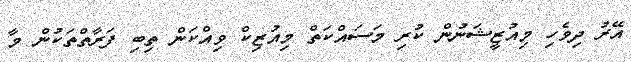
އޭރު ދިވެހި މިއުޒީޝަނުން ކުރި މަސައްކަތް މިއުޒިކް ވިއްކަން ތިބި ފަރާތްތަކުން މާ